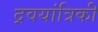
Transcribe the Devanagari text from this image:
द्रवयांत्रिकी